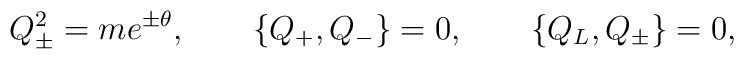
Q_{\pm}^2 = me^{\pm \theta}, \quad \quad \{Q_+, Q_-\} = 0, \quad \quad           \{Q_L, Q_{\pm}\} = 0,